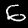
Label: 6